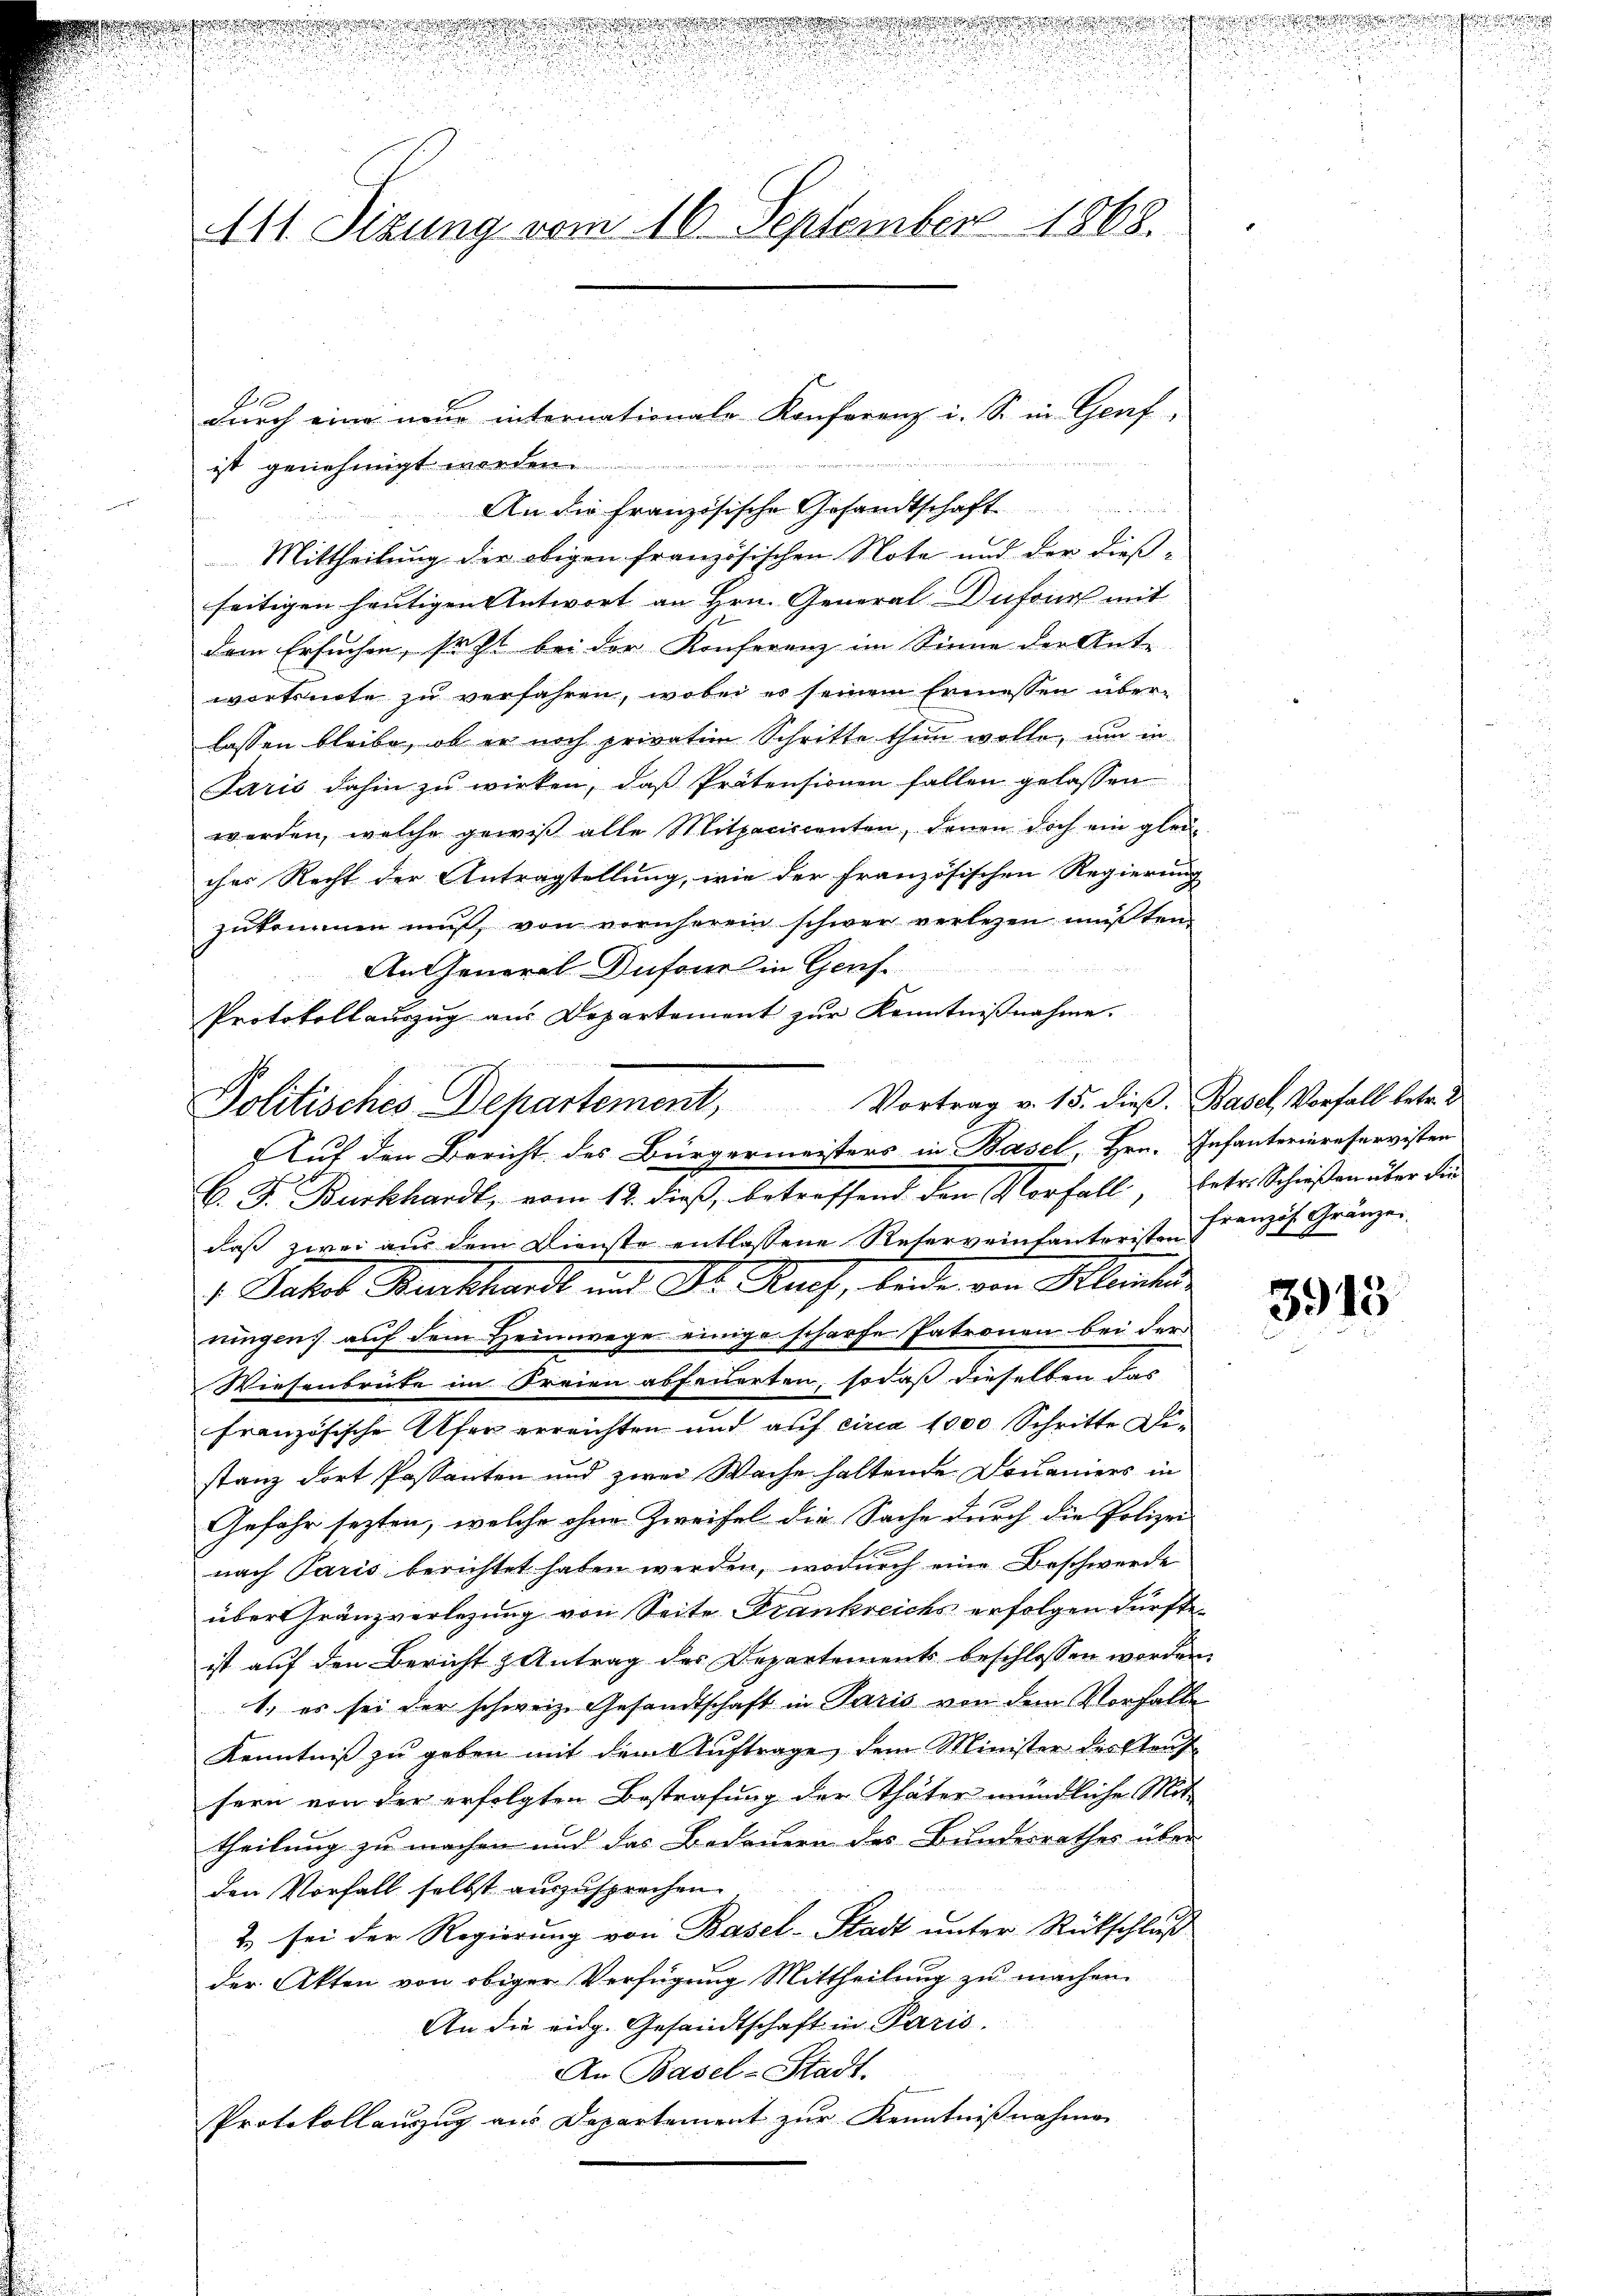
a
d

u
.

i
111. Sizung vom 16. September 1868.

Politisches Departement, Vortrag v. 15. dieβ. Basel, Vorfall betr. d.
Auf den Bericht des Bürgermeisters in Basel, Hrn. Infanteriereservisten
C. J. Burkhardt, vom 12. dieß, betreffend den Vorfall, betr. Schießen über die

A

durch eine neue internationale Konferenz i. S. in Genf,
ist genehmigt worden.
An die Französische Gesandtschaft

Mittheilung der obigen französischen Note und der dießseitigen heutigen Antwort an Hrn. General-Dufour mit
dem Ersuchen, sezt bei der Konferenz im Sinne der Ante-
wortsnote zu verfahren, wobei es seinem Ermessen über-
lassen bleibe, ob er noch privation Schritte thun wolle, um in
Paris dahin zu wirken, daß Prätensionen fallen gelassen
werden, welche gewiß alle Mitpaciccenten, denen doch ein gleiches Recht der Antragstellung, wie der französischen Regierung
zukommen muß, von vornheren schwer verlesen müßten.
An General Dufours in Genf.
Protokollaŭszŭg aŭs Departement zŭr Kenntniβnahme.

daß zwei aus dem Dienste entlassene Reserveinfantoristen Französ. Gränze
 Jakob Burckhard und Dr. Auch, lade von Klantes
ringen; auf dem Heimwege einige scharfe Patronen bei der
Wiesenbrücke im Freien abfeuerten, sodaß dieselben das
französische Ufer erreichten und auf circa 1000 Schritte Distanz dort Passanten und zwei Wache haltende Douaniers in
Gefahr sezten, welche ohne Zweifel die Sache durch die Polizei-
nach Paris berichtet haben werden, wodurch eine Beschwerde
übertränzverlegung von Seite Frankreichs erfolgen dürfte.
ist auf den Bericht & Antrag des Departements beschlossen worden,
1. es sei der schweiz. Gesandtschaft in Paris von dem Vorfalle
Kenntniß zu geben mit dem Auftrage, dem Minister des Stauf
sern von der erfolgten Bestrafung der Thäter mündliche Mit-
theilung zu machen und das Bedauern des Bundesrathes über
den Vorfall selbst auszusprechen.
2) sei der Regierung von Basel-Stadt unter Rückschluß
der Akten von obiger Verfügung Mittheilung zu machen.
An die eidg. Gesandtschaft in Paris.
An Basel-Stadt
Protokollauszug aus Departement zur Kenntnißnahme

3915